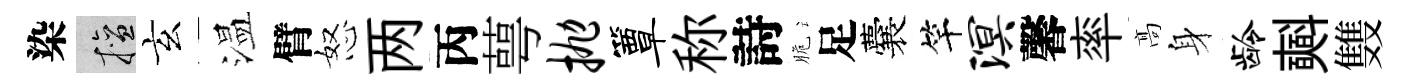
染擅玄温臂怒两丙萼抛簟称詩脆足囊竿溟馨率髙身龄𣂏䨇